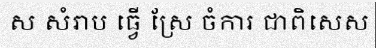
ស សំរាប ធ្វើ ស្រែ ចំការ ជាពិសេស